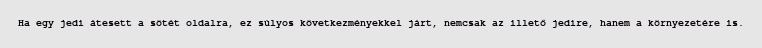
Ha egy jedi átesett a sötét oldalra, ez súlyos következményekkel járt, nemcsak az illető jedire, hanem a környezetére is.